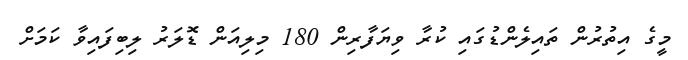
މީގެ އިތުރުން ތައިލެންޑުގައި ކުރާ ވިޔަފާރިން 180 މިލިއަން ޑޮލަރު ލިބިފައިވާ ކަމަށް